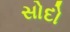
સોદો